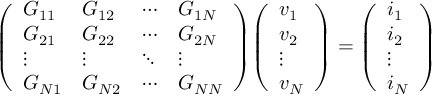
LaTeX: { \left( \begin{array} { l l l l } { G _ { 1 1 } } & { G _ { 1 2 } } & { \cdots } & { G _ { 1 N } } \\ { G _ { 2 1 } } & { G _ { 2 2 } } & { \cdots } & { G _ { 2 N } } \\ { \vdots } & { \vdots } & { \ddots } & { \vdots } \\ { G _ { N 1 } } & { G _ { N 2 } } & { \cdots } & { G _ { N N } } \end{array} \right) } { \left( \begin{array} { l } { v _ { 1 } } \\ { v _ { 2 } } \\ { \vdots } \\ { v _ { N } } \end{array} \right) } = { \left( \begin{array} { l } { i _ { 1 } } \\ { i _ { 2 } } \\ { \vdots } \\ { i _ { N } } \end{array} \right) }